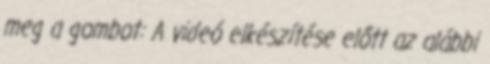
meg a gombot: A videó elkészítése előtt az alábbi